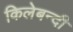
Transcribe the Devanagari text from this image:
किलेबन्‍दी